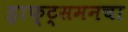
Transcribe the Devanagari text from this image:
ड्राफ्ट्‌समनचा